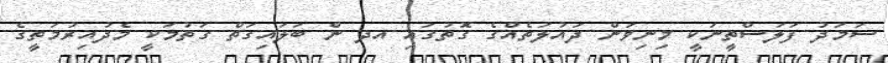
ސަމަދު ފަލަސްތީނަކީ މިނިވަން ދައުލަތެއްގެ ގޮތުގައި އދ ން ބަލައިގަތް ގަތުމަކީ މެދުއިރުމަތީގެ